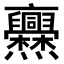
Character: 𠆡